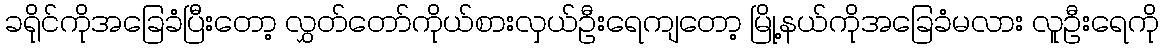
ခရိုင်ကိုအခြေခံပြီးတော့ လွှတ်တော်ကိုယ်စားလှယ်ဦးရေကျတော့ မြို့နယ်ကိုအခြေခံမလား လူဦးရေကို